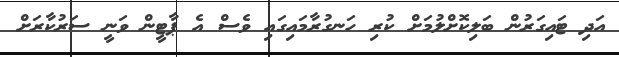
އަދި ޓައިގަރުން ބަލިކޮށްލުމަށް ކުރި ހަނގުރާމައިގައި ވެސް އެ ޕާޓީން ވަނީ ސަރުކާރަށް